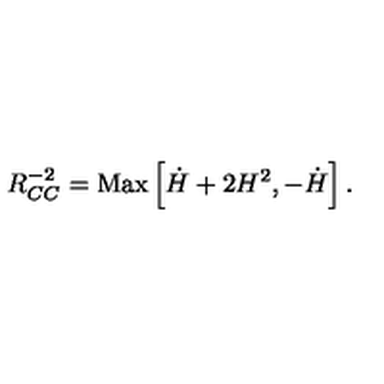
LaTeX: R _ { C C } ^ { - 2 } = \mathrm { M a x } \left[ \dot { H } + 2 H ^ { 2 } , - \dot { H } \right] .